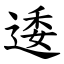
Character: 逶